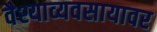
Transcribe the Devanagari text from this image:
वैश्याव्यवसायावर